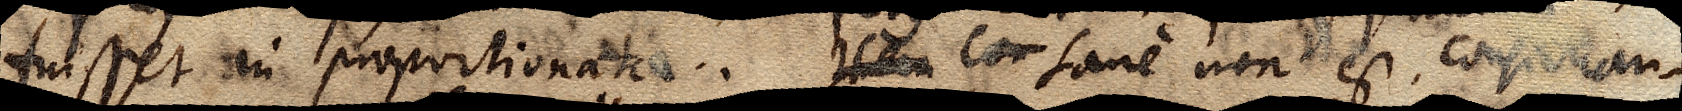
fuisset in proportionata. Item Con Sane non est, consideran–